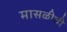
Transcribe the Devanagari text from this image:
मासळीची